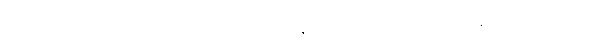
ပုဂံကို ကယ်တင်ခဲ့တဲ့ လုစ်ကို ဂုဏ်ပြုတဲ့အနေနဲ့ ကဗျာဆရာ စာပေပါမောက္ခ မင်းသုဝဏ်က